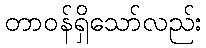
တာဝန်ရှိသော်လည်း